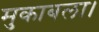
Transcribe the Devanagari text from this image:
मुकाबला।